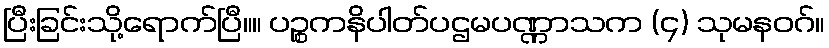
ပြီးခြင်းသို့ရောက်ပြီ။။ ပဉ္စကနိပါတ်ပဌမပဏ္ဏာသက (၄) သုမနဝဂ်။